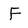
Character: F